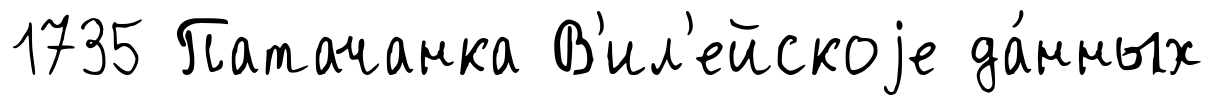
1735 Патачанка В'ил'ейскоjе да́нных